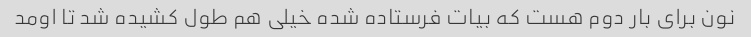
نون برای بار دوم هست که بیات فرستاده شده خیلی هم طول کشیده شد تا اومد